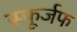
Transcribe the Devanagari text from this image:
स्फूर्जफ